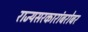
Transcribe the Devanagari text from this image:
राज्यसरकारांबरोबर